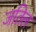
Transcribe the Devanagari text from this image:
जतिल